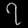
Digit: ၇